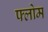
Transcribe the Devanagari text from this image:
फ्लोम